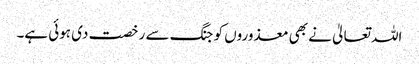
اللہ تعالیٰ نے بھی معذوروں کو جنگ سے رخصت دی ہوئی ہے۔